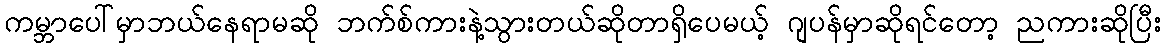
ကမ္ဘာပေါ်မှာဘယ်နေရာမဆို ဘက်စ်ကားနဲ့သွားတယ်ဆိုတာရှိပေမယ့် ဂျပန်မှာဆိုရင်တော့ ညကားဆိုပြီး